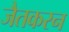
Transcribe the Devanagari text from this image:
जैतकरन